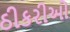
ઠીકરીઓ